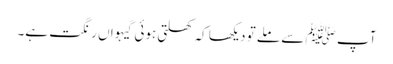
آپ ﷺ سے ملے تو دیکھا کہ کھلتی ہوئی گیہواں رنگت ہے۔